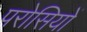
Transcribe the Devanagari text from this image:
परोसियों